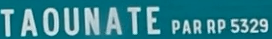
TAOUNATE PAR RP 532